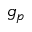
g _ { p }